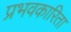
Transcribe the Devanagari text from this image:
प्रभवकारिता